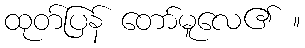
ထုတ်ပြန် တော်မူလေ၏ ။